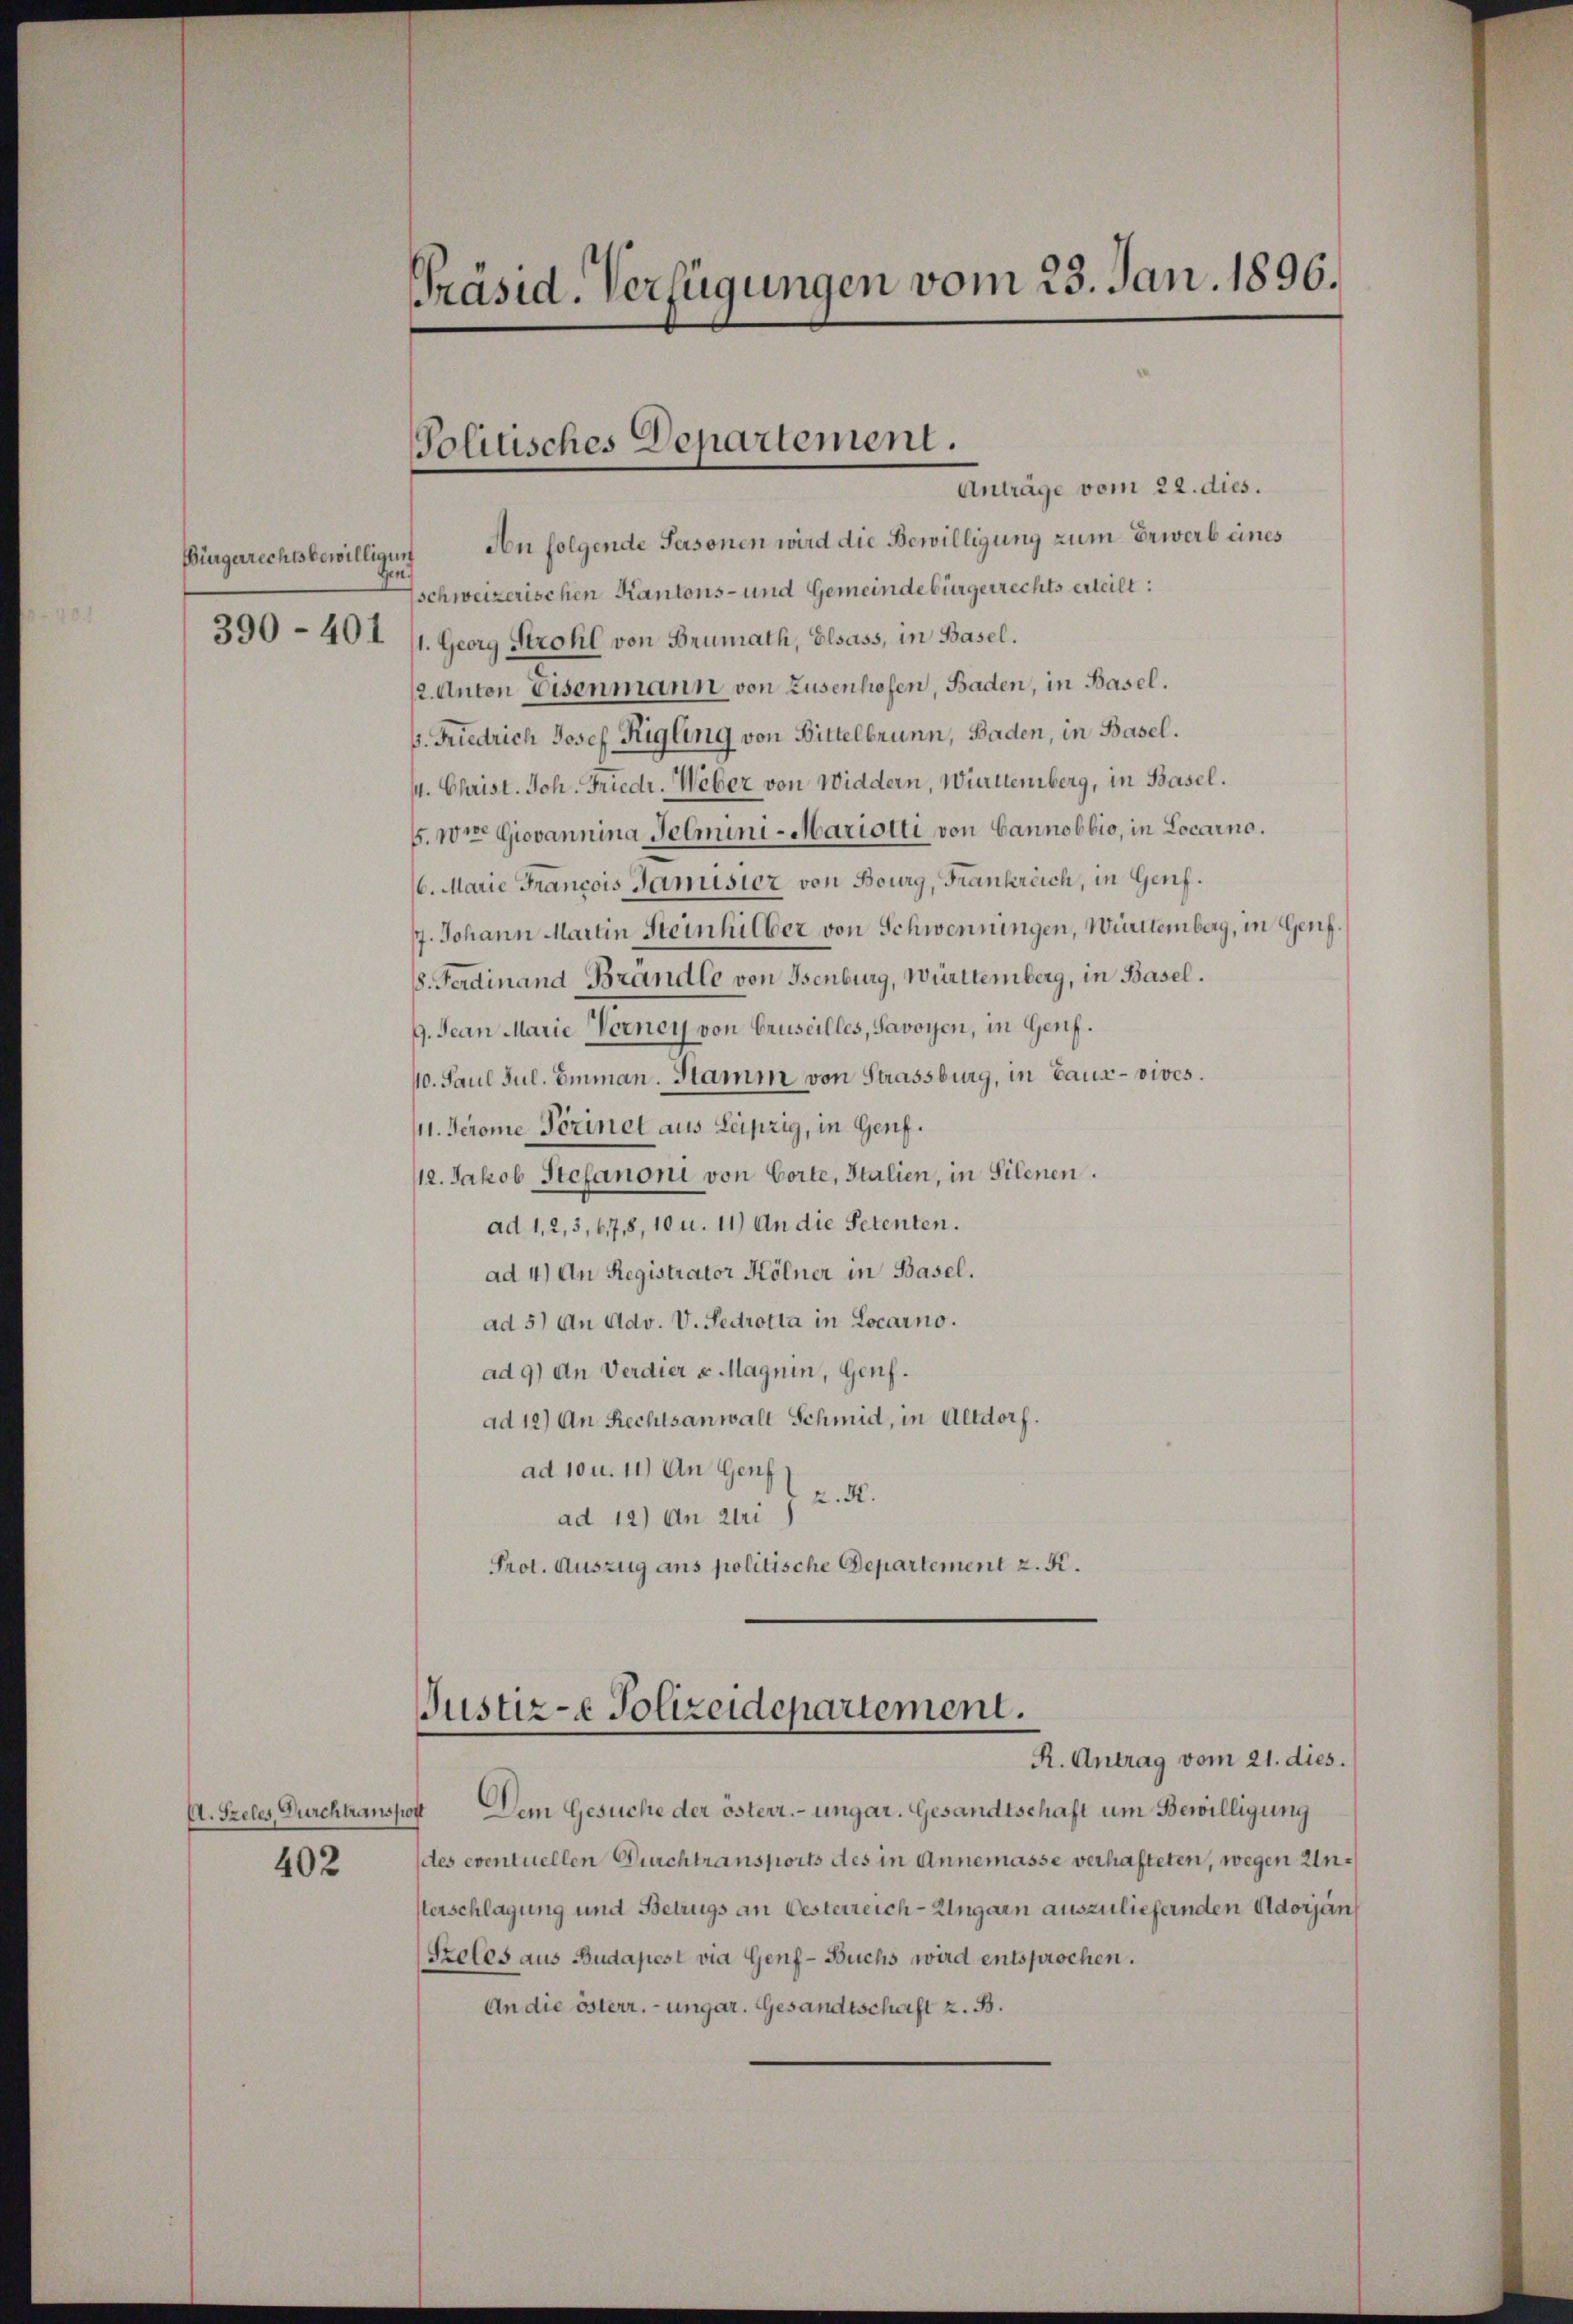
Bürgerrechtsbewilligung
gen.
390-401

Anträge vom 22. dies.
An folgende Personen wird die Bewilligung zum Erwerb eines
schweizerischen Kantons- und Gemeindebürgerrechts erteilt:
1. Georg Strohl von Brunath, Elsass, in Basel.
12. Anton Disenmann von Zusenhofen, Baden, in Basel.
B. Friedrich Josef Rigling von Bittelbrunn, Baden, in Basel.
1. Christ. Joh. Friedr. Weber von Widdern, Württemberg, in Basel.
5. wie Giovannina Felmini-Mariotti von Cannobbio, in Locarno.
16. Marie Francois Janisier von Bourg, Frankreich, in Genf.
17. Johann Martin Steinhilber von Schwenningen, Württemberg, in Genf.
8. Ferdinand Brändle von Benburg, Württemberg, in Basel.
g. Jean Marie Vorney von Gruseilles, Savoyen, in Genf.
10. Paul Jul. Emman. Stamm von Strassburg, in Baux- vives.
/11. Jerome Perinet aus Leipzig, in Genf.
112. Jakob Stefanoni von Corte, Italien, in Silenen.
ad 1, 2, 3, 678, 10 u. 11) An die Petenten.
ad 4) An Registrator Kölner in Basel.
ad 5) An Adv. V. Sedrotta in Locarno.
ad 9) An Verdier u Magnin, Genf.
ad 12) An Rechtsanwalt Schmid, in Altdorf.
ad 10 u. 11) An Genf
z. R.
ad 12) An di
Prot. Auszug ans politische Departement z. K.

A. Szeles, Durchtranss
402

Präsid. Verfügungen vom 23. Jan. 1896.

Politisches Departement.

Justiz-e Polizeidepartement.
R. Antrag vom 21. dies.

Dem Gesuche der österr.-ungar. Gesandtschaft um Bewilligung
(des eventuellen Durchtransports des in Annemasse verhafteten, wegen Unsterschlagung und Betrugs an Oesterreich-Ungarn auszuliefernden Adorjan
Protes aus Budapest via Genf - Buchs wird entsprochen.
An die österr. ungar. Gesandtschaft z. B.